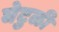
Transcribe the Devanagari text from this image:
घेटुळी